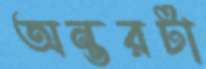
অন্তরটা